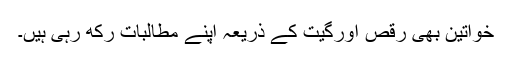
خواتین بھی رقص اورگیت کے ذریعہ اپنے مطالبات رکھ رہی ہیں۔